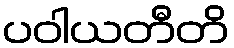
ပဝါယတီတိ